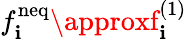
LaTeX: f_{\mathbf{i}}^{\mathrm{{neq}}}\approxf_{\mathbf{i}}^{(1)}